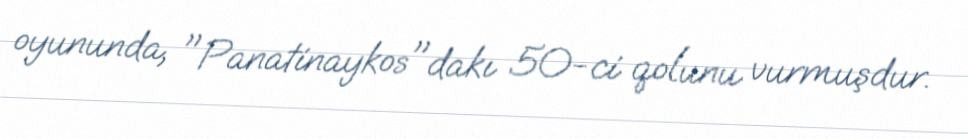
oyununda, "Panatinaykos"dakı 50-ci qolunu vurmuşdur.